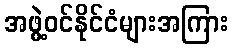
အဖွဲ့ဝင်နိုင်ငံများအကြား